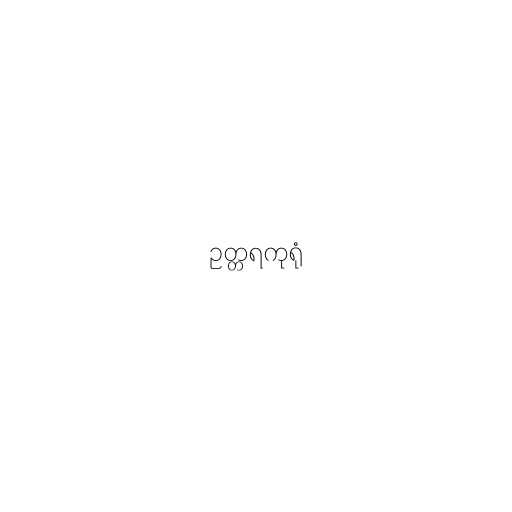
ဥတ္တရကုရုံ